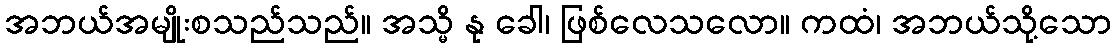
အဘယ်အမျိုးစသည်သည်။ အသ္မိ နု ခေါ၊ ဖြစ်လေသလော။ ကထံ၊ အဘယ်သို့သော